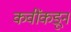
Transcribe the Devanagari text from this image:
कवींकडून